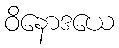
ဝိနောဒယေ